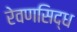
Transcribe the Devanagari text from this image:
रेवणसिद्ध